65_HS1-834228961_62-HQ-83894_Serial_130
Agency: FBI
Page 114
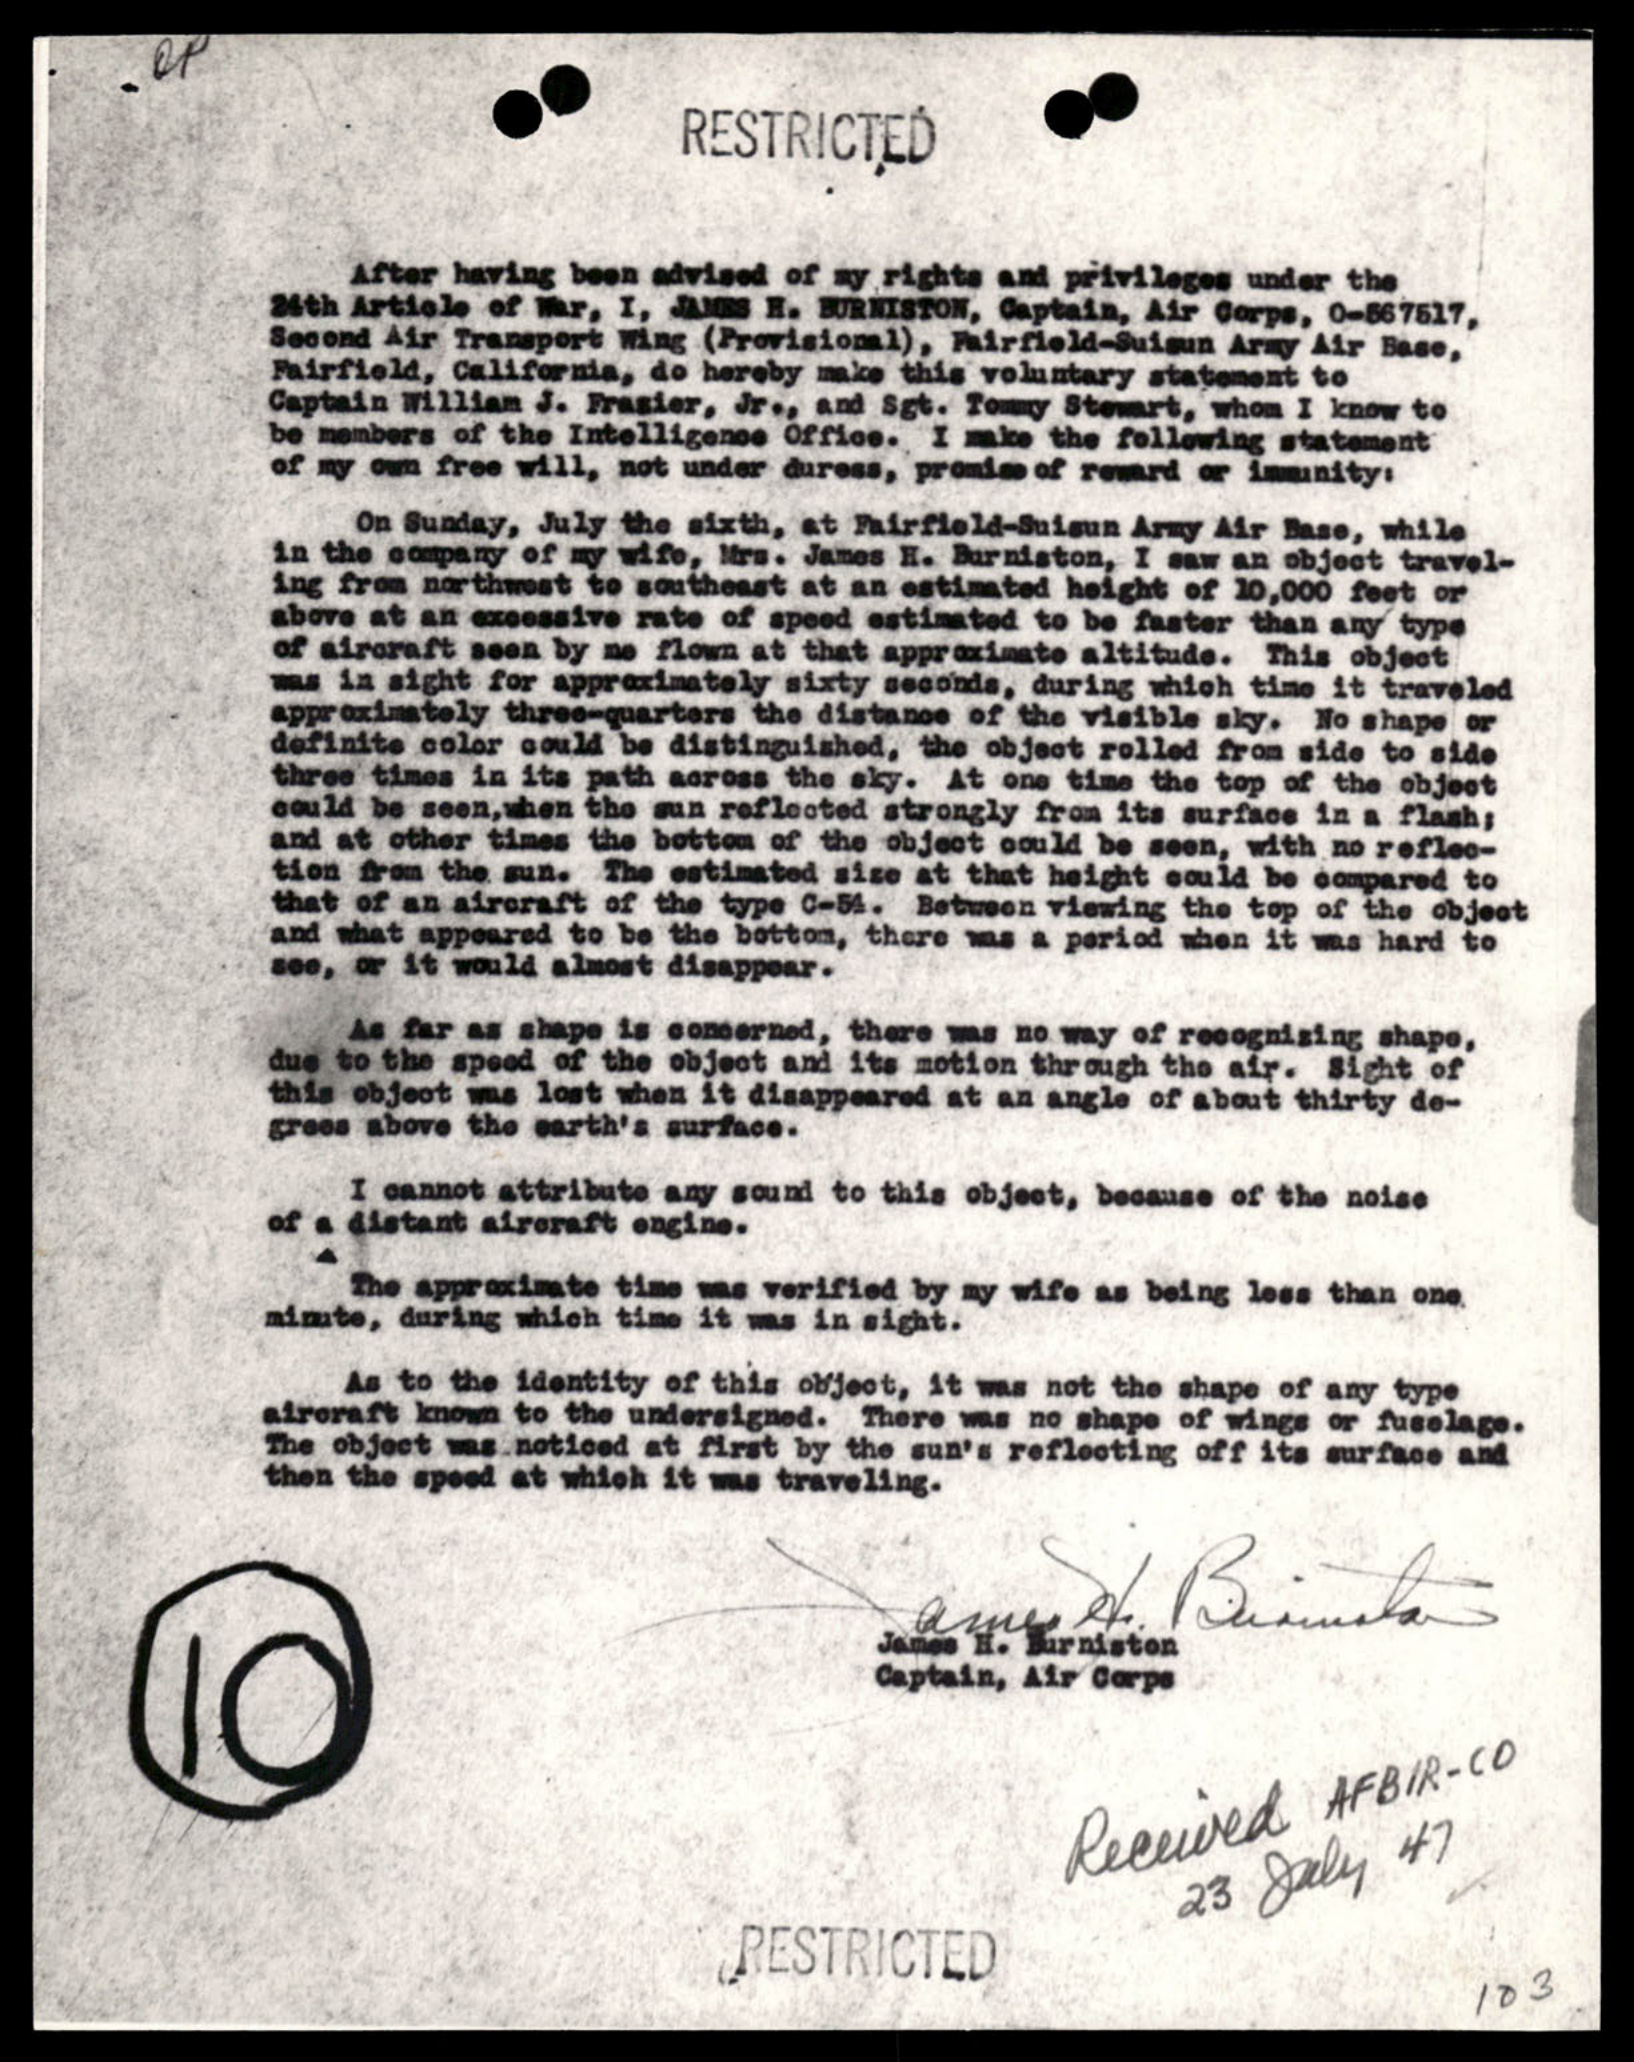